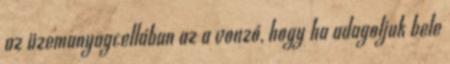
az üzemanyagcellában az a vonzó, hogy ha adagoljuk bele